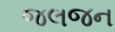
જલજન